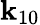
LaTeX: \mathbf{k}_{10}